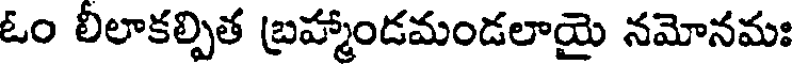
ఓం లిలాకల్పిత బ్రహ్మాండమండలాయై నమోనమః